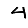
Digit: 4